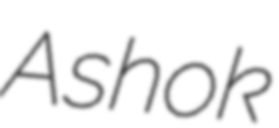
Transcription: Ashok